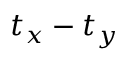
t _ { x } - t _ { y }